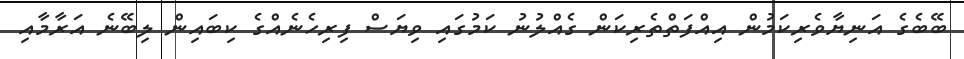
ބޭބެގެ އަނިޔާވެރިކަމުން އިއްފަތްތެރިކަން ގެއްލުނު ކަމުގައި ވިޔަސް ފިރިހެނެއްގެ ކިބައިން ލިބޭނެ އަރާމާއި